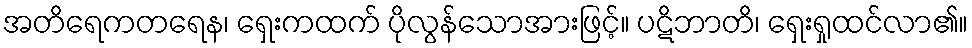
အတိရေကတရေန၊ ရှေးကထက် ပိုလွန်သောအားဖြင့်။ ပဋိဘာတိ၊ ရှေးရှုထင်လာ၏။